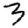
Digit: 3